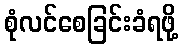
စုံလင်စေခြင်းခံရဖို့